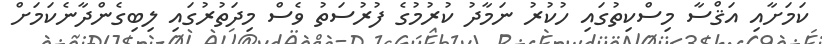
ކަމަށާއި އަޤްސާ މިސްކިތުގައި ހުކުރު ނަމާދު ކުރުމުގެ ފުރުސަތު ވެސް މިދަތުރުގައި ލިބިގެންދާނެކަމަށް